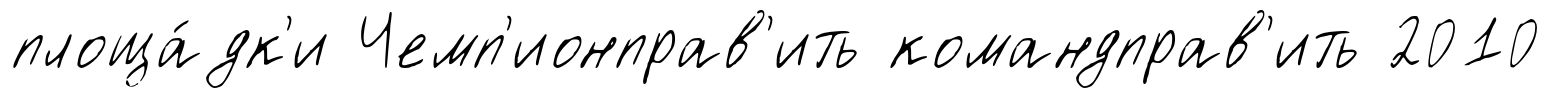
площа́дк'и Чемп'ионправ'ить командправ'ить 2010